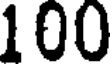
100